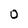
Character: O